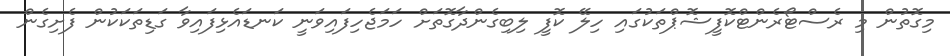
މިގޮތުން މި ރެސްޓޯރެންޓްކޮފީޝޮޕްތަކުގައި ހިލޭ ކޮފީ ލިބިގެންދާގޮތަށް ހަމަޖެހިފައިވަނީ ކަނޑައެޅިފައިވާ ގަޑިތަކަކުން ފެށިގެން